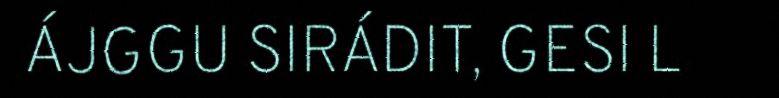
ÁJGGU SIRÁDIT, GESI L